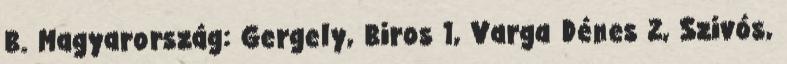
B. Magyarország: Gergely, Biros 1, Varga Dénes 2, Szivós,